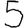
Digit: 5